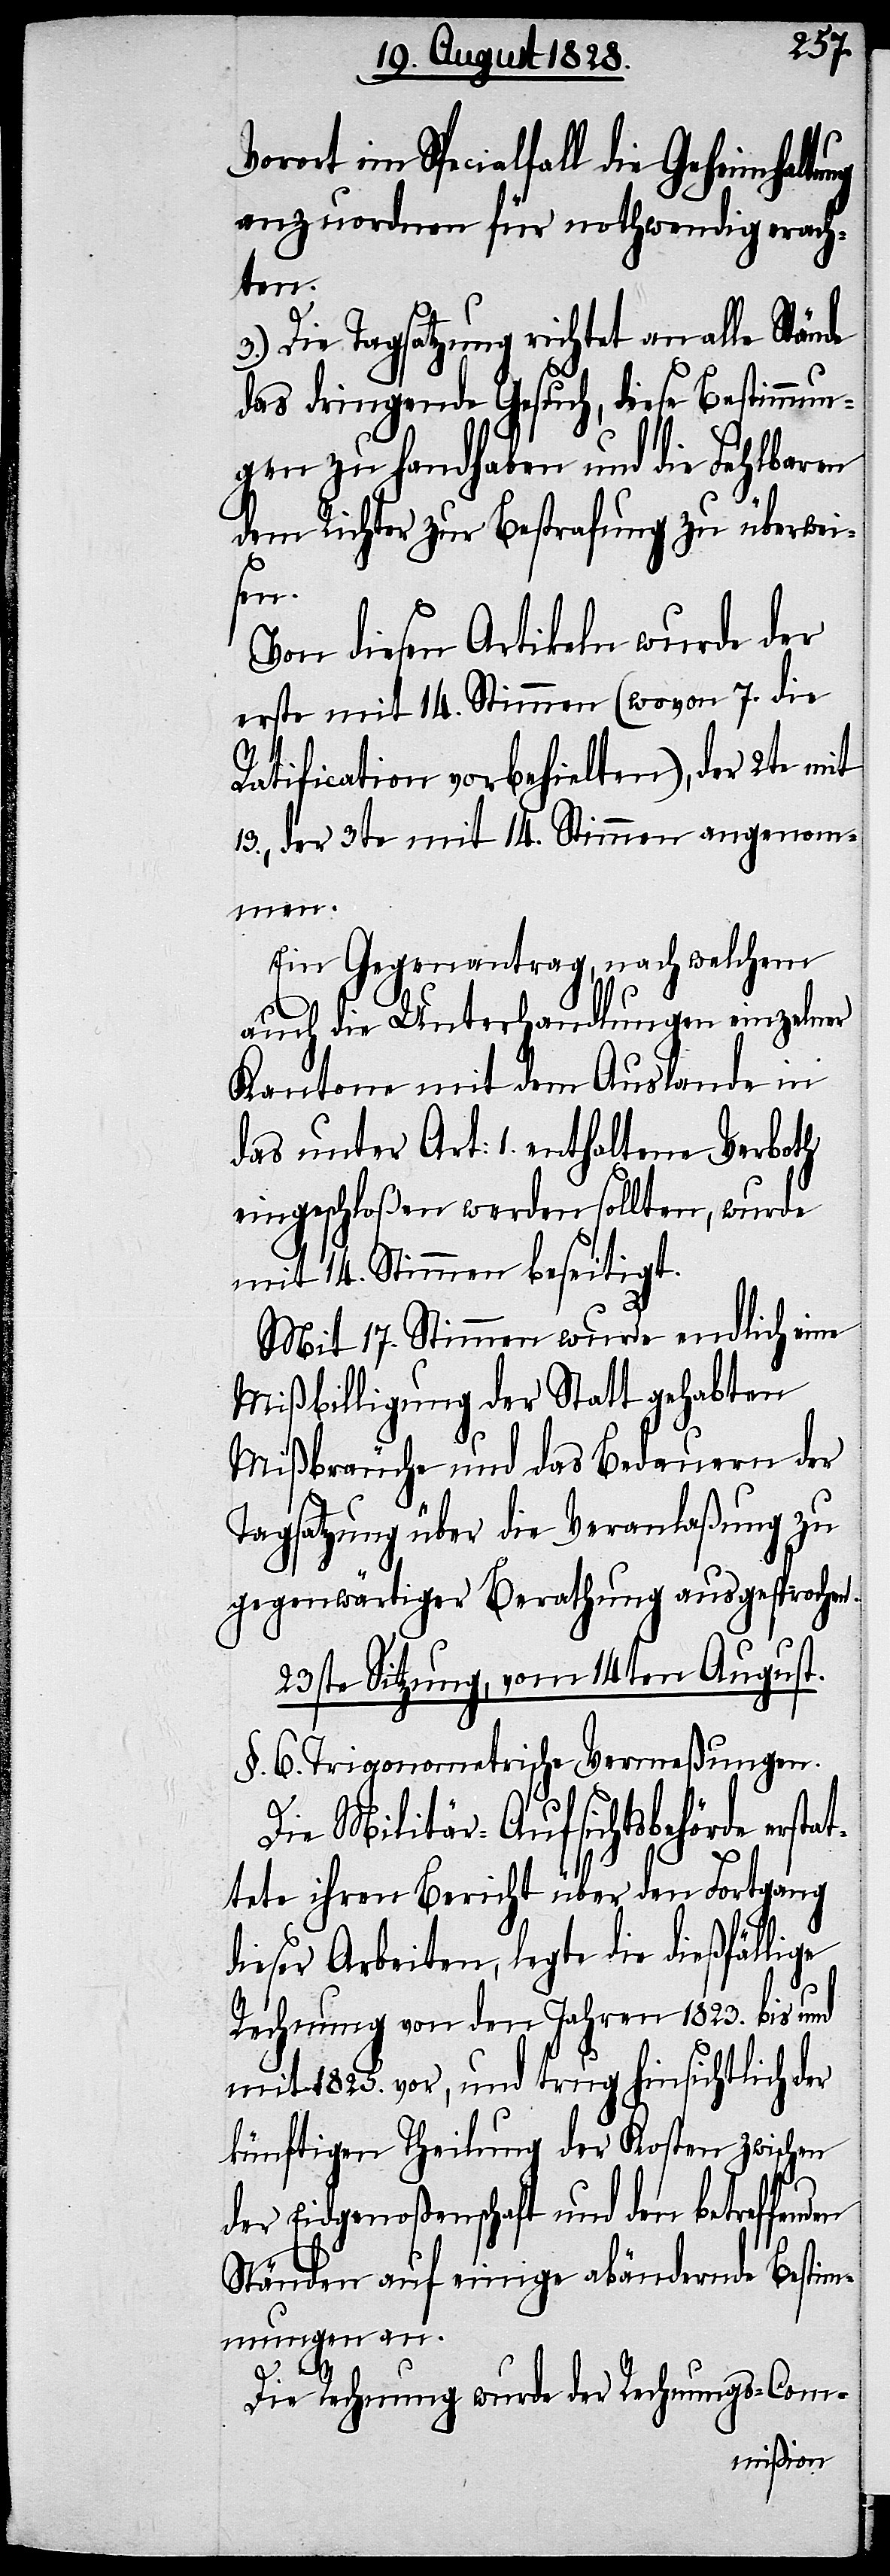
Vorort im Spezialfall die Geheimhalt¬
anzuordnen für nothwendig erach¬
den
3.) Die Tagsatzung richtet an alle Stände
das dringende Gesuch, diese Bestimmun¬
gen zu handhaben und die Fehlbaren
dem Richter zur Bestrafung zu überwei¬
sen.
Von diesen Artikeln wurde der
erste mit 14. Stimmen (wovon 7. die
Ratification vorbehielten), der 2te mit
13., der 3te mit 14. Stimmen angenom¬
men.
Ein Gegenantrag, nach welchem
auch die Unterhandlungen einzelner
Kantone mit dem Auslande in
das unter Art: 1. enthaltene Verboth
eingeschloßen werden sollten, wurde
mit 14. Stimmen beseitigt.
Mit 17. Stimmen wurde endlich eine
Mißbilligung der Statt gehabten
Mißbräuche und das Bedauern der
Tagsatzung über die Veranlaßung zu
gegenwärtiger Berathung ausgesprochen.
23ste Sitzung, vom 14ten August.
§. 6. Trigonometrische Vermeßungen.
Die Militär-Aufsichtsbehörde ersta¬
ttete ihren Bericht über den Fortgang
dieser Arbeiten, legte die dießfällige
Rechnung von den Jahren 1823. bis und
mit 1825. vor, und trug hinsichtlich der
künftigen Theilung der Kosten zwischen
der Eidgenoßenschaft und den betreffen¬
Ständen auf einige abändernde Bestim¬
mungen an.
Die Rechnung wurde der Rechnungs-Com-